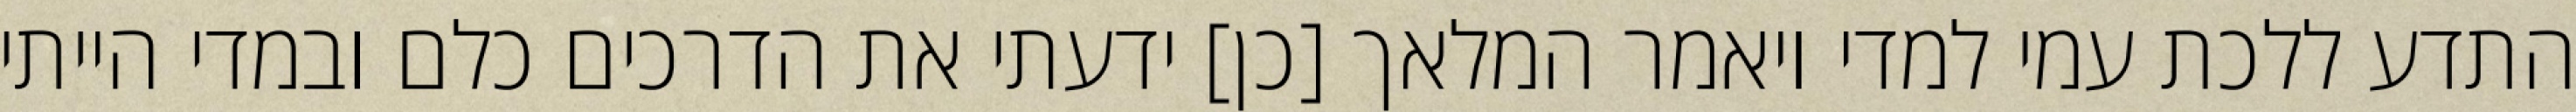
התדע ללכת עמי למדי ויאמר המלאך [כן] ידעתי את הדרכים כלם ובמדי הייתי